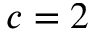
c = 2